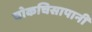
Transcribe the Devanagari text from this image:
चोकचिसापानी